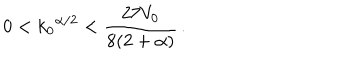
LaTeX: 0 < { k _ { 0 } } ^ { \alpha / 2 } < \frac { 2 7 V _ { 0 } } { 8 ( 2 + \alpha ) } \, .